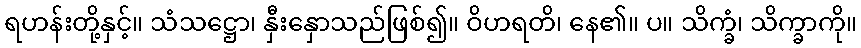
ရဟန်းတို့နှင့်။ သံသဋ္ဌော၊ နှီးနှောသည်ဖြစ်၍။ ဝိဟရတိ၊ နေ၏။ ပ။ သိက္ခံ၊ သိက္ခာကို။